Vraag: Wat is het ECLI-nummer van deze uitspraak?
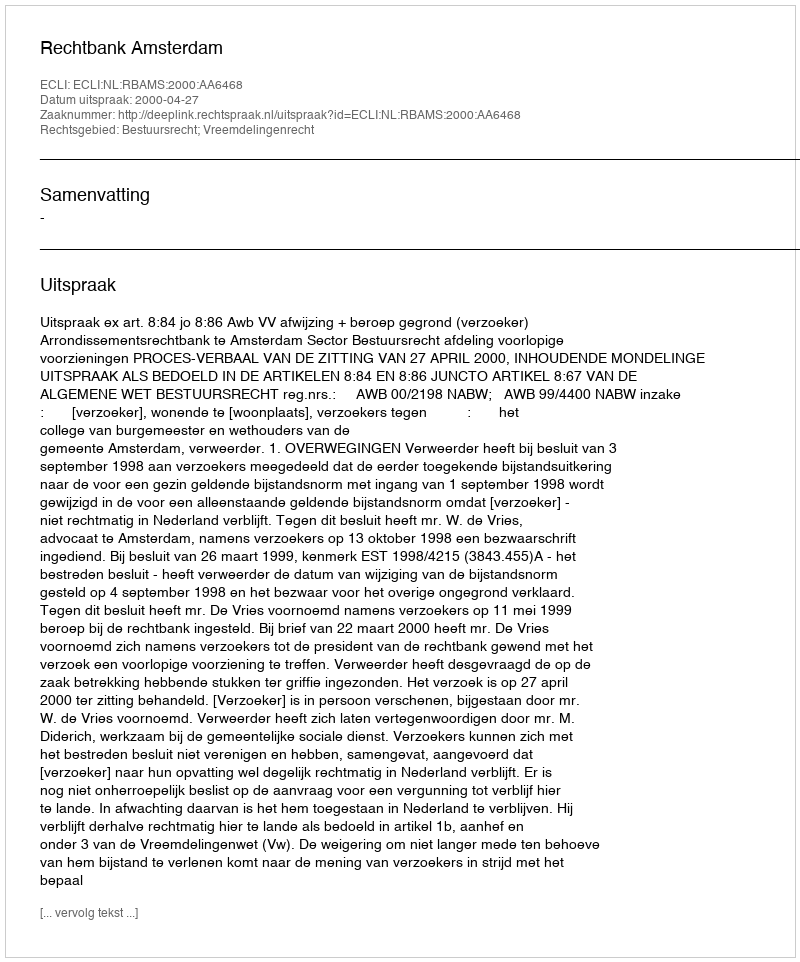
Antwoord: ECLI:NL:RBAMS:2000:AA6468